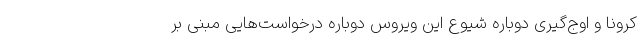
کرونا و اوج‌گیری دوباره شیوع این ویروس دوباره درخواست‌هایی مبنی بر